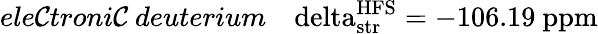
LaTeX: ele\mathcal{C}troni\mathcal{C}~deuterium~~~\mathrm{{\ delta_{str}^{HFS}=-106.19~ppm}}